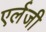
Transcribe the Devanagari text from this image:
एर्लजी